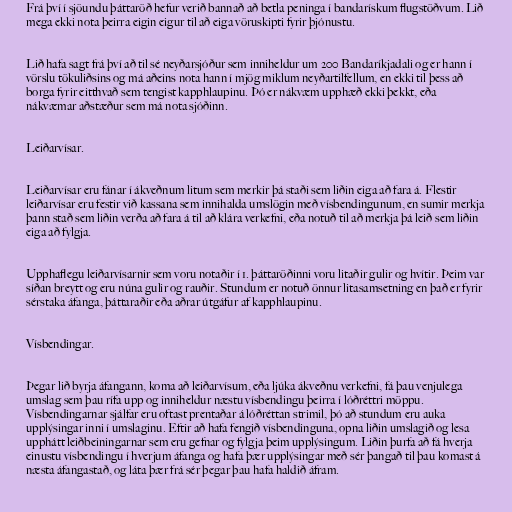
Frá því í sjöundu þáttaröð hefur verið bannað að betla peninga í bandarískum flugstöðvum. Lið
mega ekki nota þeirra eigin eigur til að eiga vöruskipti fyrir þjónustu.

Lið hafa sagt frá því að til sé neyðarsjóður sem inniheldur um 200 Bandaríkjadali og er hann í
vörslu tökuliðsins og má aðeins nota hann í mjög miklum neyðartilfellum, en ekki til þess að
borga fyrir eitthvað sem tengist kapphlaupinu. Þó er nákvæm upphæð ekki þekkt, eða
nákvæmar aðstæður sem má nota sjóðinn.

Leiðarvísar.

Leiðarvísar eru fánar í ákveðnum litum sem merkir þá staði sem liðin eiga að fara á. Flestir
leiðarvísar eru festir við kassana sem innihalda umslögin með vísbendingunum, en sumir merkja
þann stað sem liðin verða að fara á til að klára verkefni, eða notuð til að merkja þá leið sem liðin
eiga að fylgja.

Upphaflegu leiðarvísarnir sem voru notaðir í 1. þáttaröðinni voru litaðir gulir og hvítir. Þeim var
síðan breytt og eru núna gulir og rauðir. Stundum er notuð önnur litasamsetning en það er fyrir
sérstaka áfanga, þáttaraðir eða aðrar útgáfur af kapphlaupinu.

Vísbendingar.

Þegar lið byrja áfangann, koma að leiðarvísum, eða ljúka ákveðnu verkefni, fá þau venjulega
umslag sem þau rífa upp og inniheldur næstu vísbendingu þeirra í lóðréttri möppu.
Vísbendingarnar sjálfar eru oftast prentaðar á lóðréttan strimil, þó að stundum eru auka
upplýsingar inni í umslaginu. Eftir að hafa fengið vísbendinguna, opna liðin umslagið og lesa
upphátt leiðbeiningarnar sem eru gefnar og fylgja þeim upplýsingum. Liðin þurfa að fá hverja
einustu vísbendingu í hverjum áfanga og hafa þær upplýsingar með sér þangað til þau komast á
næsta áfangastað, og láta þær frá sér þegar þau hafa haldið áfram.